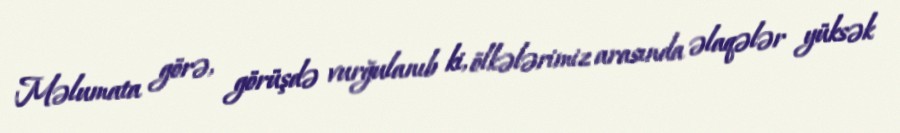
Məlumata görə, görüşdə vurğulanıb ki, ölkələrimiz arasında əlaqələr yüksək